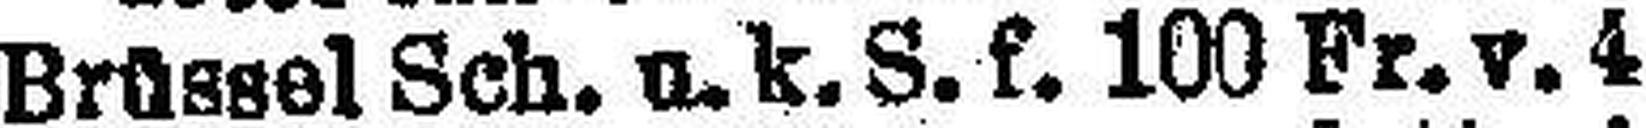
Brüssel Sch. u. k. S. f. 100 Fr. v. 4